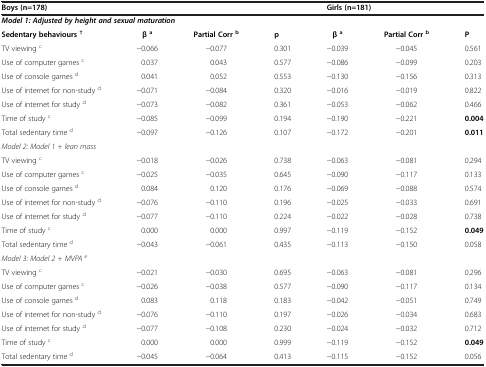
<table><thead><tr><td colspan="4"><b>Boys (n=178)</b></td><td colspan="3"><b>Girls (n=181)</b></td></tr></thead><tbody><tr><td colspan="7"><b><i>Model 1: Adjusted by height and sexual maturation</i></b></td></tr><tr><td><b>Sedentary behaviours</b><sup><b>†</b></sup></td><td><b>β</b><sup><b>a</b></sup></td><td><b>Partial Corr</b><sup><b>b</b></sup></td><td><b>p</b></td><td><b>β</b><sup><b>a</b></sup></td><td><b>Partial Corr</b><sup><b>b</b></sup></td><td><b>P</b></td></tr><tr><td>TV viewing <sup>c</sup></td><td>−0.066</td><td>−0.077</td><td>0.301</td><td>−0.039</td><td>−0.045</td><td>0.561</td></tr><tr><td>Use of computer games <sup>c</sup></td><td>0.037</td><td>0.043</td><td>0.577</td><td>−0.086</td><td>−0.099</td><td>0.203</td></tr><tr><td>Use of console games <sup>d</sup></td><td>0.041</td><td>0.052</td><td>0.553</td><td>−0.130</td><td>−0.156</td><td>0.313</td></tr><tr><td>Use of internet for non-study <sup>d</sup></td><td>−0.071</td><td>−0.084</td><td>0.320</td><td>−0.016</td><td>−0.019</td><td>0.822</td></tr><tr><td>Use of internet for study <sup>d</sup></td><td>−0.073</td><td>−0.082</td><td>0.361</td><td>−0.053</td><td>−0.062</td><td>0.466</td></tr><tr><td>Time of study <sup>c</sup></td><td>−0.085</td><td>−0.099</td><td>0.194</td><td>−0.190</td><td>−0.221</td><td><b>0.004</b></td></tr><tr><td>Total sedentary time <sup>d</sup></td><td>−0.097</td><td>−0.126</td><td>0.107</td><td>−0.172</td><td>−0.201</td><td><b>0.011</b></td></tr><tr><td colspan="7"><i>Model 2: Model 1 + lean mass</i></td></tr><tr><td>TV viewing <sup>c</sup></td><td>−0.018</td><td>−0.026</td><td>0.738</td><td>−0.063</td><td>−0.081</td><td>0.294</td></tr><tr><td>Use of computer games <sup>c</sup></td><td>−0.025</td><td>−0.035</td><td>0.645</td><td>−0.090</td><td>−0.117</td><td>0.133</td></tr><tr><td>Use of console games <sup>d</sup></td><td>0.084</td><td>0.120</td><td>0.176</td><td>−0.069</td><td>−0.088</td><td>0.574</td></tr><tr><td>Use of internet for non-study <sup>d</sup></td><td>−0.076</td><td>−0.110</td><td>0.196</td><td>−0.025</td><td>−0.033</td><td>0.691</td></tr><tr><td>Use of internet for study <sup>d</sup></td><td>−0.077</td><td>−0.110</td><td>0.224</td><td>−0.022</td><td>−0.028</td><td>0.738</td></tr><tr><td>Time of study <sup>c</sup></td><td>0.000</td><td>0.000</td><td>0.997</td><td>−0.119</td><td>−0.152</td><td><b>0.049</b></td></tr><tr><td>Total sedentary time <sup>d</sup></td><td>−0.043</td><td>−0.061</td><td>0.435</td><td>−0.113</td><td>−0.150</td><td>0.058</td></tr><tr><td colspan="7"><i>Model 3: Model 2 + MVPA</i><sup><i>e</i></sup></td></tr><tr><td>TV viewing <sup>c</sup></td><td>−0.021</td><td>−0.030</td><td>0.695</td><td>−0.063</td><td>−0.081</td><td>0.296</td></tr><tr><td>Use of computer games <sup>c</sup></td><td>−0.026</td><td>−0.038</td><td>0.577</td><td>−0.090</td><td>−0.117</td><td>0.134</td></tr><tr><td>Use of console games <sup>d</sup></td><td>0.083</td><td>0.118</td><td>0.183</td><td>−0.042</td><td>−0.051</td><td>0.749</td></tr><tr><td>Use of internet for non-study <sup>d</sup></td><td>−0.076</td><td>−0.110</td><td>0.197</td><td>−0.026</td><td>−0.034</td><td>0.683</td></tr><tr><td>Use of internet for study <sup>d</sup></td><td>−0.077</td><td>−0.108</td><td>0.230</td><td>−0.024</td><td>−0.032</td><td>0.712</td></tr><tr><td>Time of study <sup>c</sup></td><td>0.000</td><td>0.000</td><td>0.999</td><td>−0.119</td><td>−0.152</td><td><b>0.049</b></td></tr><tr><td>Total sedentary time <sup>d</sup></td><td>−0.045</td><td>−0.064</td><td>0.413</td><td>−0.115</td><td>−0.152</td><td>0.056</td></tr></tbody></table>